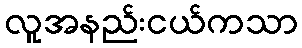
လူအနည်းငယ်ကသာ